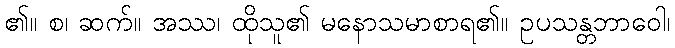
၏။ စ၊ ဆက်။ အဿ၊ ထိုသူ၏ မနောသမာစာရ၏။ ဥပသန္တဘာဝေါ၊